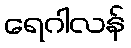
ရေဂါလန်